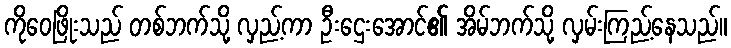
ကိုဝေဖြိုးသည် တစ်ဘက်သို့ လှည့်ကာ ဦးဌေးအောင်၏ အိမ်ဘက်သို့ လှမ်းကြည့်နေသည်။